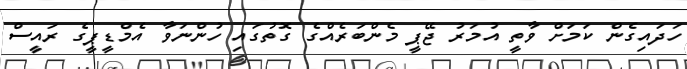
ހަދައިގެން ކަމަށް ވާތީ އުމަރު ޖޭޕީ މެންބަރެއްގެ ގޮތުގައި ހުންނަވާ އެމްޑީޕީގެ ރައީސް